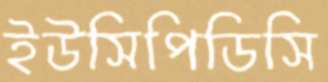
ইউসিপিডিসি